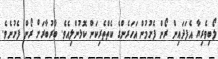
ލޯބިވެރިޔާ އެފަދައިން ރޯން ފެށުމުން އަހަރެންގެ ކެތްތެރިކަން ކޮޅުންލިއެވެ. ބާރުބާރަށް ރޯން ފެށުނެވެ.